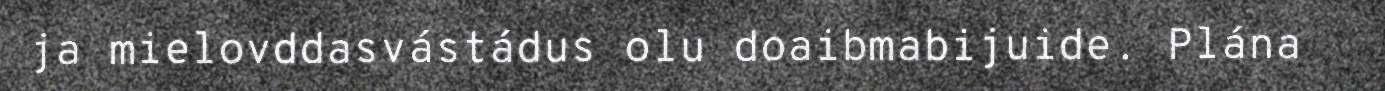
ja mielovddasvástádus olu doaibmabijuide. Plána